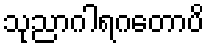
သုညာဂါရဂတောပိ